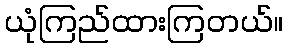
ယုံကြည်ထားကြတယ်။